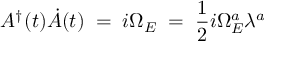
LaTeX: A ^ { \dagger } ( t ) \dot { A } ( t ) \; = \; i \Omega _ { E } \; = \; \frac { 1 } { 2 } i \Omega _ { E } ^ { a } \lambda ^ { a }